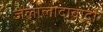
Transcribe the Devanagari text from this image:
जलालादावादी